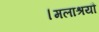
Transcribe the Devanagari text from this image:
।मलाश्रयौ